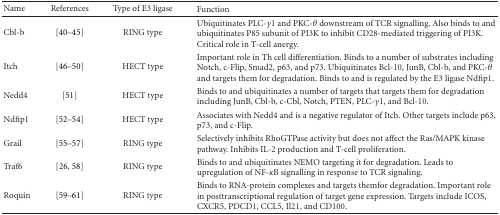
<table><thead><tr><td><b>Name</b></td><td><b>References</b></td><td><b>Type of E3 ligase</b></td><td><b>Function</b></td></tr></thead><tbody><tr><td>Cbl-b</td><td>[40–45]</td><td>RING type</td><td>Ubiquitinates PLC-<i>γ</i>1 and PKC-<i>θ</i> downstream of TCR signalling. Also binds to and ubiquitinates P85 subunit of PI3K to inhibit CD28-mediated triggering of PI3K. Critical role in T-cell anergy.</td></tr><tr><td>Itch</td><td>[46–50]</td><td>HECT type</td><td>Important role in Th cell differentiation. Binds to a number of substrates including Notch, c-Flip, Smad2, p63, and p73. Ubiquitinates Bcl-10, JunB, Cbl-b, and PKC-<i>θ</i> and targets them for degradation. Binds to and is regulated by the E3 ligase Ndfip1.</td></tr><tr><td>Nedd4</td><td>[51]</td><td>HECT type</td><td>Binds to and ubiquitinates a number of targets that targets them for degradation including JunB, Cbl-b, c-Cbl, Notch, PTEN, PLC-<i>γ</i>1, and Bcl-10.</td></tr><tr><td>Ndfip1</td><td>[52–54]</td><td>HECT type</td><td>Associates with Nedd4 and is a negative regulator of Itch. Other targets include p63, p73, and c-Flip.</td></tr><tr><td>Grail</td><td>[55–57]</td><td>RING type</td><td>Selectively inhibits RhoGTPase activity but does not affect the Ras/MAPK kinase pathway. Inhibits IL-2 production and T-cell proliferation.</td></tr><tr><td>Traf6</td><td>[26, 58]</td><td>RING type</td><td>Binds to and ubiquitinates NEMO targeting it for degradation. Leads to upregulation of NF-<i>κ</i>B signalling in response to TCR signaling.</td></tr><tr><td>Roquin</td><td>[59–61]</td><td>RING type</td><td>Binds to RNA-protein complexes and targets themfor degradation. Important role in posttranscriptional regulation of target gene expression. Targets include ICOS, CXCR5, PDCD1, CCL5, Il21, and CD100.</td></tr></tbody></table>